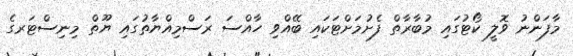
މާފަންނު ވޮލީ ކޯޓުގައި މުބާރާތް ފެށުމަށްޓަކައި ބޭއްވި ހާއްސަ ރަސްމިއްޔާތުގައި ޔޫތް މިނިސްޓަރގެ